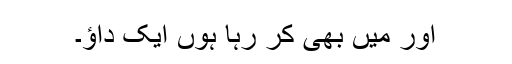
اور میں بھی کر رہا ہوں ایک داؤ۔